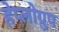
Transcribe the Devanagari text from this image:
हेप्लोग्रुप